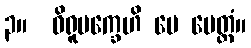
၃။  ဝိရူပက္ခေဟိ မေ မေတ္တံ။